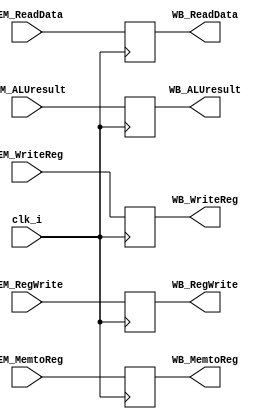
module MEM_WB( clk_i, MEM_ReadData, WB_ReadData, MEM_ALUresult, WB_ALUresult, MEM_WriteReg, WB_WriteReg, MEM_RegWrite, WB_RegWrite, MEM_MemtoReg, WB_MemtoReg);
    input  clk_i;
    
    input  [32-1:0] MEM_ReadData, MEM_ALUresult;
    output [32-1:0] WB_ReadData, WB_ALUresult;
    input  [5-1:0]  MEM_WriteReg;
    output [5-1:0]  WB_WriteReg;

    input  MEM_RegWrite, MEM_MemtoReg;
    output WB_RegWrite, WB_MemtoReg;

    reg    [32-1:0] WB_ReadData = 32'd0, WB_ALUresult = 32'd0;
    reg    [5-1:0]  WB_WriteReg = 5'd0;
    reg    WB_RegWrite = 1'b0, WB_MemtoReg = 1'b0;

    always @(posedge clk_i) begin
        WB_ReadData <= MEM_ReadData;
        WB_ALUresult <= MEM_ALUresult;
        WB_WriteReg <= MEM_WriteReg;

        WB_RegWrite <= MEM_RegWrite;
        WB_MemtoReg <= MEM_MemtoReg;
    end

endmodule